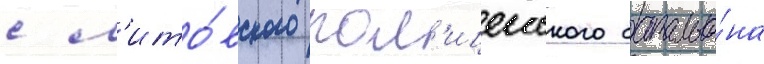
с л'ито́вского пол'ицеиского батальо́на